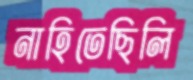
নাহিতেছিলি